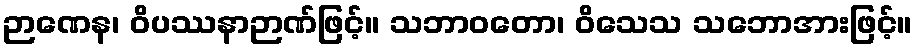
ဉာဏေန၊ ဝိပဿနာဉာဏ်ဖြင့်။ သဘာဝတော၊ ဝိသေသ သဘောအားဖြင့်။